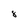
Character: 8